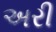
અરી